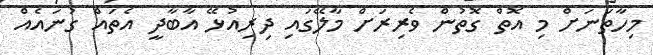
މިހާތަނަށް މި އޮތް ގޮތުން ވެރިރަށް މާލޭގައި ދިރިއުޅޭ އާބާދީ އެތައް ގުނައެއް